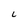
Character: l